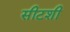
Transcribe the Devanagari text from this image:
सीटशी